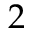
2